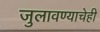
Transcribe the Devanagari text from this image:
जुलावण्याचेही